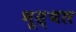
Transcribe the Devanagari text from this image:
भूस्थल